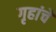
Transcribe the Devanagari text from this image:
गृहांचे